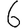
Digit: 6